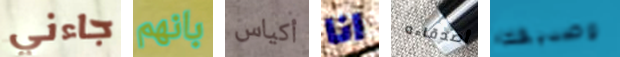
جاءني بانهم أكياس انا أصدقاءه وصديقك